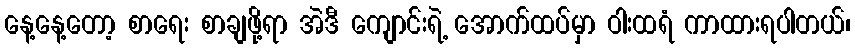
နေ့နေ့တော့ စာရေး စာချဖို့ရာ အဲဒီ ကျောင်းရဲ့ အောက်ထပ်မှာ ဝါးထရံ ကာထားရပါတယ်၊